system: You are a helpful assistant.
user:
Analyze the provided spectrum to determine if it is a **"Cataclysmic Variables (CV)"**.

- **Key Indicators for CV (Check for either state):**
    - **State 1: Quiescent / Low-State (Emission-Dominated)**
        - **(Primary):** Strong and *very broad* Hydrogen Balmer emission lines (e.g., $H\alpha$ at 6563 Å, $H\beta$ at 4861 Å). The 'broadness' (high velocity dispersion, often FWHM > 1000 km/s) is the key diagnostic, indicating a high-velocity accretion disk.
        - **(Secondary):** Broad neutral Helium (He I) emission lines (e.g., 5876 Å, 6678 Å).
        - **(Key Confirmation):** Presence of high-excitation *ionized* Helium (He II) emission at 4686 Å. This is a strong indicator of accretion onto a white dwarf.
        - **(Line Profile):** Emission lines may exhibit a 'double-peaked' profile, which is a classic signature of a rotating accretion disk viewed at high inclination.

    - **State 2: Outburst / High-State (Absorption-Dominated)**
        - **(Primary):** Spectrum is dominated by a bright, blue continuum (looks like a hot star).
        - **(Secondary):** The emission lines from State 1 are weak, absent, or 'filled in', and are replaced by broad, shallow *absorption* lines (primarily Balmer and He I).
        - **(Morphology):** The overall spectrum mimics a hot B/A-type star. The crucial difference is that the absorption lines are significantly broader, shallower, and more 'washed-out' (or 'smeared') than the sharp lines of a normal stellar photosphere, due to high rotational speeds and pressure broadening in the disk.

Think first, call **spectral_visualization_tool** if needed to examine features in detail, then provide your final answer. Your response must adhere to the following strict rules:
1.  **Overall Structure:** Your response must follow the format `<think>...</think> <tool_call>...</tool_call> (if a tool is used) <answer>...</answer>`.
2.  **Tool Usage Constraint:** You may only make **one** tool call per turn.
3.  **Final Answer Format:** In the `<answer>` tag, your conclusion must be inside a `\boxed{}` command (e.g., `\boxed{YES}`), followed by your justification.

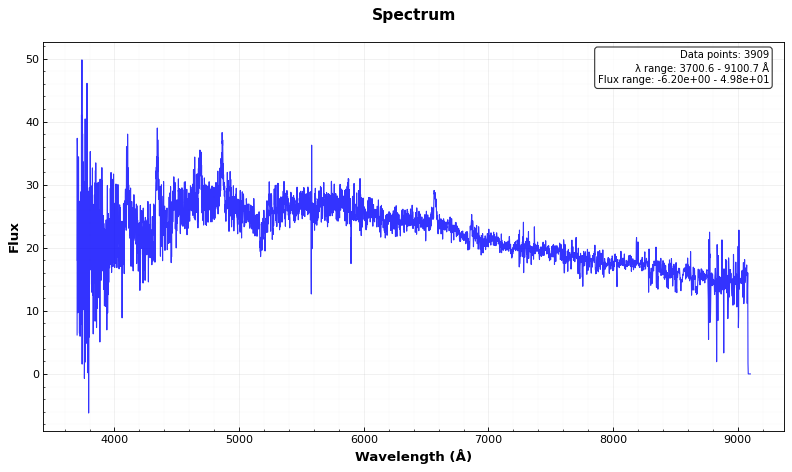
Answer: YES